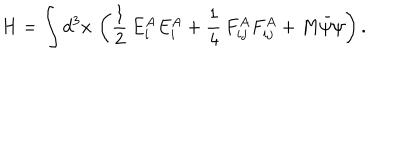
H = \int d ^ { 3 } x \, \left( \frac { 1 } { 2 } \, E _ { i } ^ { A } E _ { i } ^ { A } + \frac { 1 } { 4 } \, F _ { i j } ^ { A } F _ { i j } ^ { A } + M \bar { \psi } \psi \right) .